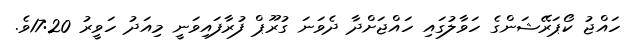
ހައްޖު ކޯޕަރޭޝަންގެ ހަވާލުގައި ހައްޖަށްދާ ދެވަނަ ގުރޫޕް ފުރާފައިވަނީ މިއަދު ހަވީރު 17:20ވެ.